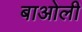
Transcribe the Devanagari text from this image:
बाओली